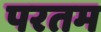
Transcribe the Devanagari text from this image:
परतम